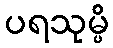
ပရသုမ္ပိ